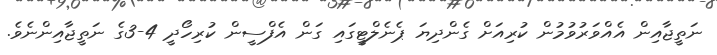
ނަތީޖާއިން އެއްވަރުވުމުން ކުރިއަށް ގެންދިޔަ ޕެނެލްޓީގައި ގަން އެފްސީން ކުރިހޯދީ 4-3ގެ ނަތީޖާއިންނެވެ.